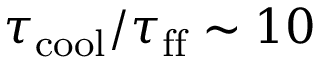
\tau _ { \mathrm { c o o l } } / \tau _ { \mathrm { f f } } \sim 1 0